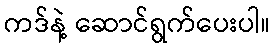
ကဒ်နဲ့ ဆောင်ရွက်ပေးပါ။